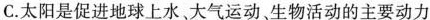
C.太阳是促进地球上水、大气运动、生物活动的主要动力